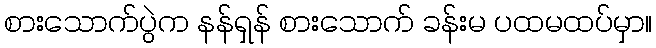
စားသောက်ပွဲက နန်ရှန် စားသောက် ခန်းမ ပထမထပ်မှာ။